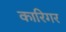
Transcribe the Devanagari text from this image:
कारिगर